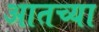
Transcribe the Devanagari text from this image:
आतच्या